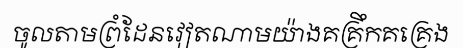
ចូលតាមព្រំដែនវៀតណាមយ៉ាងគគ្រឹកគគ្រេង